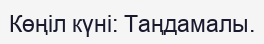
Көңіл күні: Таңдамалы.